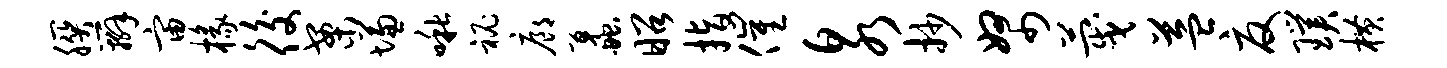
朕辫宙椽後案慊啾秘廊蠡昭指催泉抄帑蔑益夏璞横